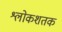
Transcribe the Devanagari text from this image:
श्लोकशतक